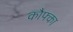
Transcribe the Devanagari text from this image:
कौफ्का